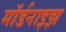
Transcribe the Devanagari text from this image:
मॉर्डनाइझ